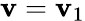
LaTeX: \mathbf{v}=\mathbf{v}_{1}